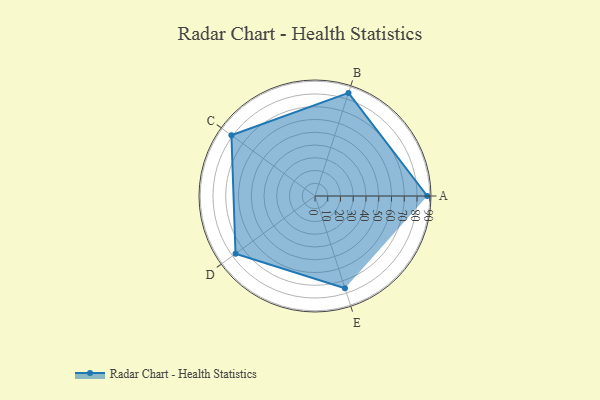
{"axis": {"x": "Skill", "y": "Score"}, "legend": ["Profile"], "data": [{"x": "A", "y": 88.0, "type": "Profile"}, {"x": "B", "y": 85.0, "type": "Profile"}, {"x": "C", "y": 81.0, "type": "Profile"}, {"x": "D", "y": 77.0, "type": "Profile"}, {"x": "E", "y": 76.0, "type": "Profile"}]}